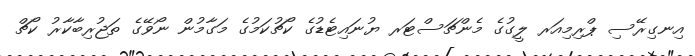
އިނގިރޭސި ޕްރިމިއަރ ލީގުގެ މެންޗަސްޓަރ ޔުނައިޓެޑުގެ ކޯޗުކަމުގެ މަގާމުން ނޯވޭގެ ތަޖުރިބާކާރު ކޯޗް